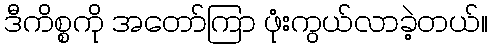
ဒီကိစ္စကို အတော်ကြာ ဖုံးကွယ်လာခဲ့တယ်။